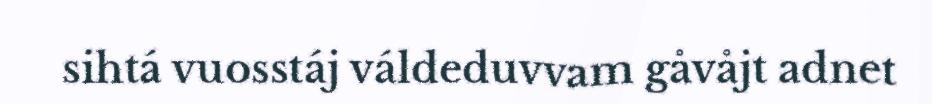
sihtá vuosstáj váldeduvvam gåvåjt adnet